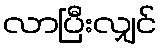
လာပြီးလျှင်